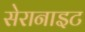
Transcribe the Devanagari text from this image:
सेरानाइट